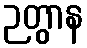
ဉတွာန